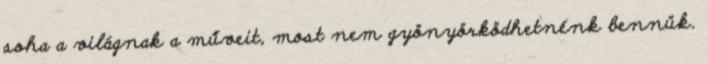
soha a világnak a műveit, most nem gyönyörködhetnénk bennük.